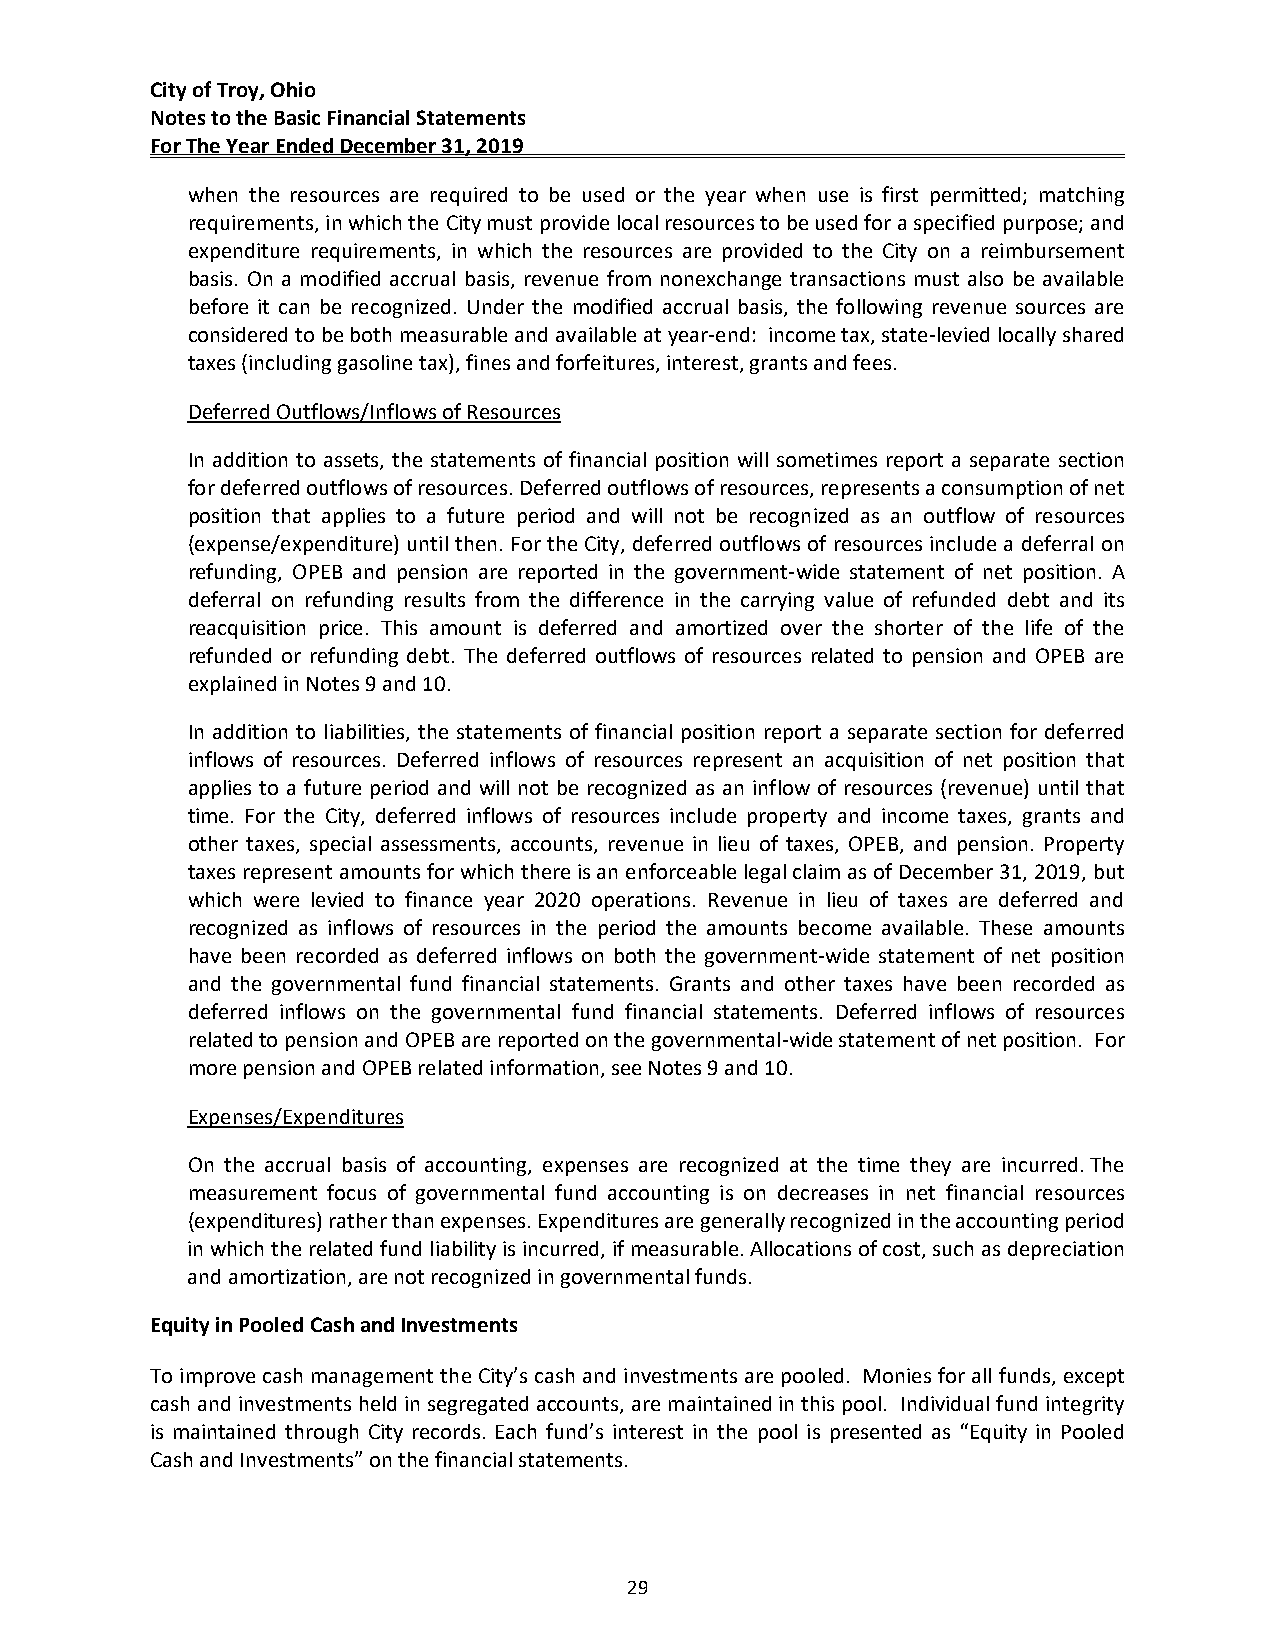
City of Troy, Ohio
 Notes to the Basic Financial Statements
 For The Year Ended December 31, 2019
 when the resources are required to be used or the year when use is first permitted; matching
 requirements, in which the City must provide local resources to be used for a specified purpose; and
 expenditure requirements, in which the resources are provided to the City on a reimbursement
 basis. On a modified accrual basis, revenue from nonexchange transactions must also be available
 before it can be recognized. Under the modified accrual basis, the following revenue sources are
 considered to be both measurable and available at year‐end: income tax, state‐levied locally shared
 taxes (including gasoline tax), fines and forfeitures, interest, grants and fees.
 Deferred Outflows/Inflows of Resources
 In addition to assets, the statements of financial position will sometimes report a separate section
 for deferred outflows of resources. Deferred outflows of resources, represents a consumption of net
 position that applies to a future period and will not be recognized as an outflow of resources
 (expense/expenditure) until then. For the City, deferred outflows of resources include a deferral on
 refunding, OPEB and pension are reported in the government‐wide statement of net position. A
 deferral on refunding results from the difference in the carrying value of refunded debt and its
 reacquisition price. This amount is deferred and amortized over the shorter of the life of the
 refunded or refunding debt. The deferred outflows of resources related to pension and OPEB are
 explained in Notes 9 and 10.
 In addition to liabilities, the statements of financial position report a separate section for deferred
 inflows of resources. Deferred inflows of resources represent an acquisition of net position that
 applies to a future period and will not be recognized as an inflow of resources (revenue) until that
 time. For the City, deferred inflows of resources include property and income taxes, grants and
 other taxes, special assessments, accounts, revenue in lieu of taxes, OPEB, and pension. Property
 taxes represent amounts for which there is an enforceable legal claim as of December 31, 2019, but
 which were levied to finance year 2020 operations. Revenue in lieu of taxes are deferred and
 recognized as inflows of resources in the period the amounts become available. These amounts
 have been recorded as deferred inflows on both the government‐wide statement of net position
 and the governmental fund financial statements. Grants and other taxes have been recorded as
 deferred inflows on the governmental fund financial statements. Deferred inflows of resources
 related to pension and OPEB are reported on the governmental‐wide statement of net position. For
 more pension and OPEB related information, see Notes 9 and 10.
 Expenses/Expenditures
 On the accrual basis of accounting, expenses are recognized at the time they are incurred. The
 measurement focus of governmental fund accounting is on decreases in net financial resources
 (expenditures) rather than expenses. Expenditures are generally recognized in the accounting period
 in which the related fund liability is incurred, if measurable. Allocations of cost, such as depreciation
 and amortization, are not recognized in governmental funds.
 Equity in Pooled Cash and Investments
 To improve cash management the City’s cash and investments are pooled. Monies for all funds, except
 cash and investments held in segregated accounts, are maintained in this pool. Individual fund integrity
 is maintained through City records. Each fund’s interest in the pool is presented as “Equity in Pooled
 Cash and Investments” on the financial statements.
 29